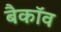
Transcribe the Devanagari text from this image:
बैकॉव